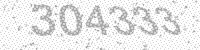
Solution: 304333